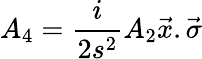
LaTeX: A_{4}=\frac{i}{2s^{2}}A_{2}\vec{x}.\vec{\sigma}